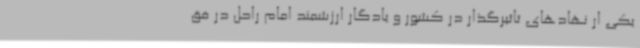
یکی ار نهادهای تاثیرگذار در کشور و یادگار ارزشمند امام راحل در فق